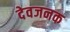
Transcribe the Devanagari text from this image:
देवजनक